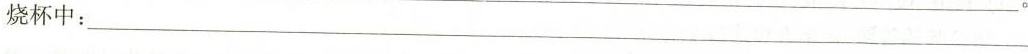
烧杯中：___